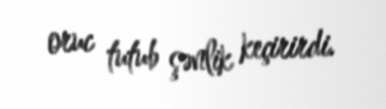
oruc tutub şənlik keçirirdi.